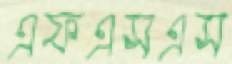
এফএসএস